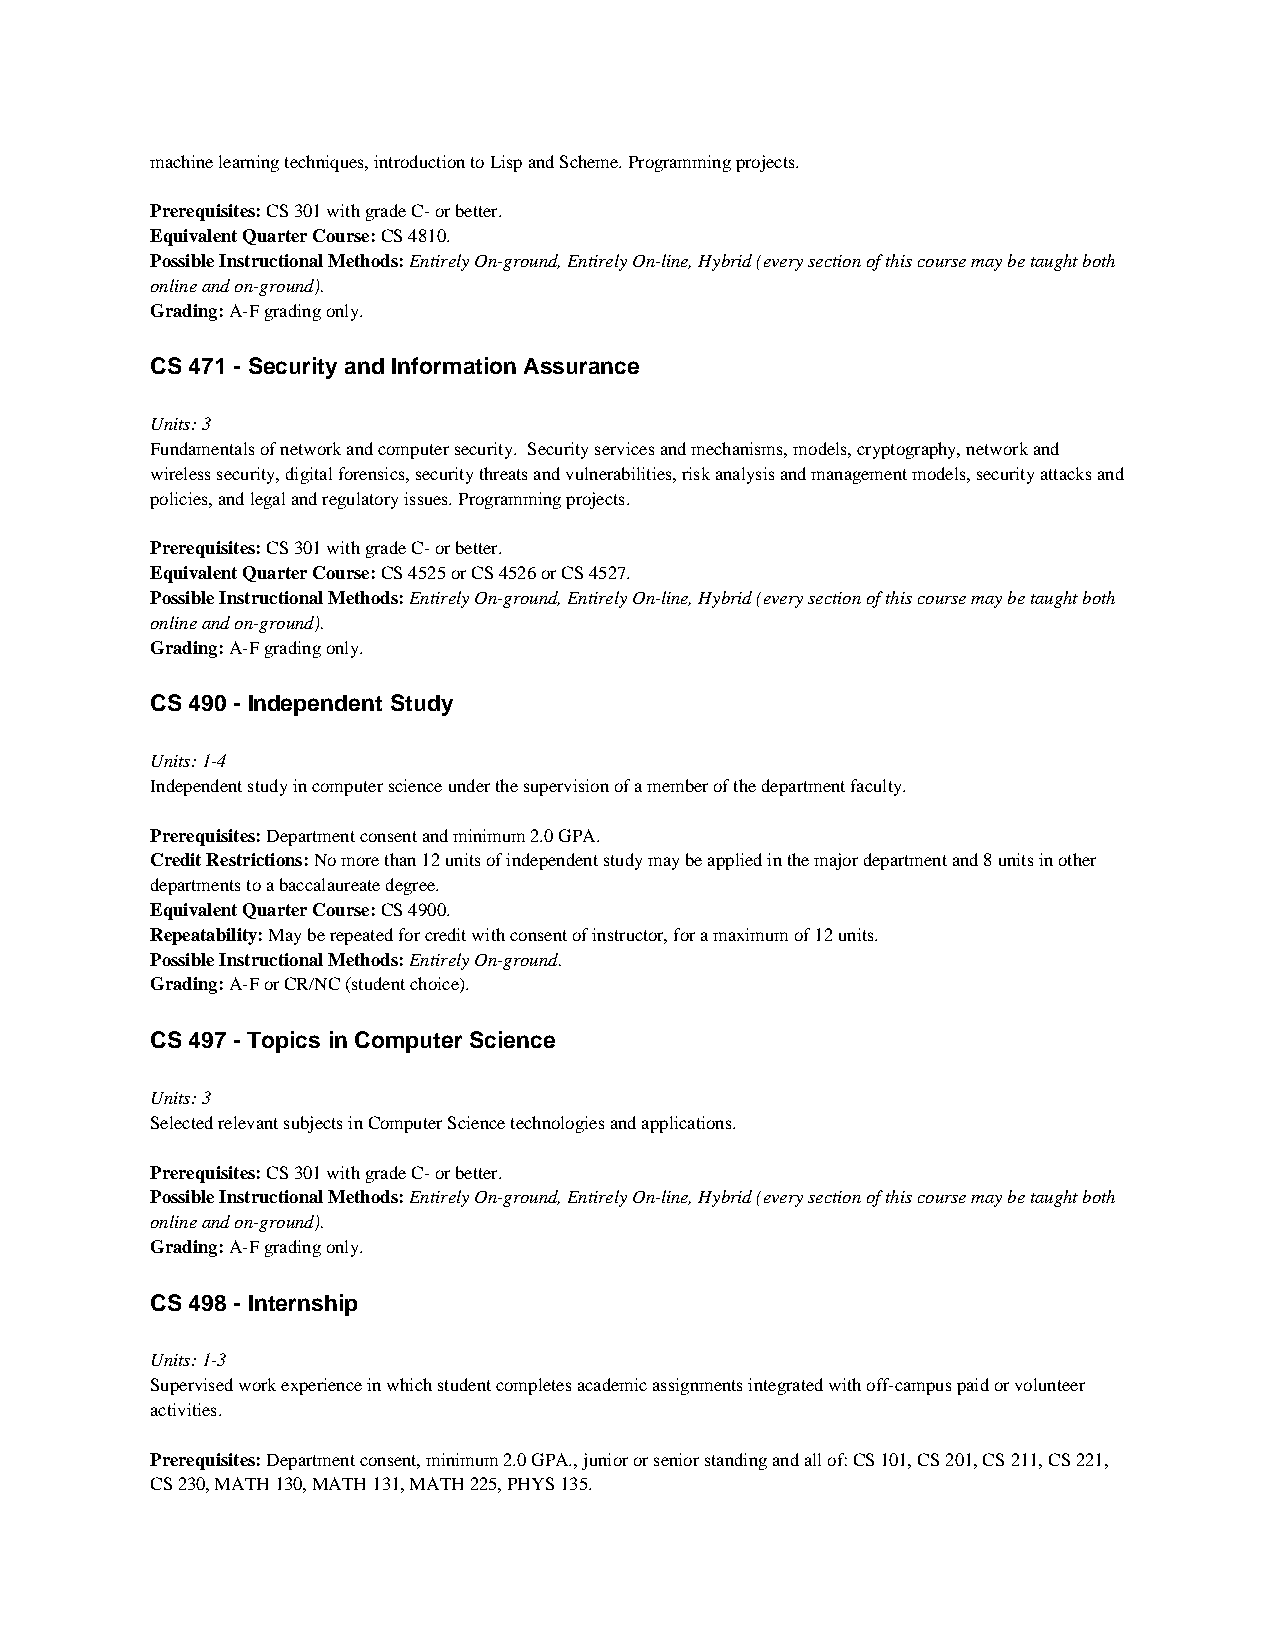
machine learning techniques, introduction to Lisp and Scheme. Programming projects.
 Prerequisites: CS 301 with grade C- or better.
 Equivalent Quarter Course: CS 4810.
 Possible Instructional Methods: Entirely On-ground, Entirely On-line, Hybrid (every section of this course may be taught both
 online and on-ground).
 Grading: A-F grading only.
 CS 471 - Security and Information Assurance
 Units: 3
 Fundamentals of network and computer security. Security services and mechanisms, models, cryptography, network and
 wireless security, digital forensics, security threats and vulnerabilities, risk analysis and management models, security attacks and
 policies, and legal and regulatory issues. Programming projects.
 Prerequisites: CS 301 with grade C- or better.
 Equivalent Quarter Course: CS 4525 or CS 4526 or CS 4527.
 Possible Instructional Methods: Entirely On-ground, Entirely On-line, Hybrid (every section of this course may be taught both
 online and on-ground).
 Grading: A-F grading only.
 CS 490 - Independent Study
 Units: 1-4
 Independent study in computer science under the supervision of a member of the department faculty.
 Prerequisites: Department consent and minimum 2.0 GPA.
 Credit Restrictions: No more than 12 units of independent study may be applied in the major department and 8 units in other
 departments to a baccalaureate degree.
 Equivalent Quarter Course: CS 4900.
 Repeatability: May be repeated for credit with consent of instructor, for a maximum of 12 units.
 Possible Instructional Methods: Entirely On-ground.
 Grading: A-F or CR/NC (student choice).
 CS 497 - Topics in Computer Science
 Units: 3
 Selected relevant subjects in Computer Science technologies and applications.
 Prerequisites: CS 301 with grade C- or better.
 Possible Instructional Methods: Entirely On-ground, Entirely On-line, Hybrid (every section of this course may be taught both
 online and on-ground).
 Grading: A-F grading only.
 CS 498 - Internship
 Units: 1-3
 Supervised work experience in which student completes academic assignments integrated with off-campus paid or volunteer
 activities.
 Prerequisites: Department consent, minimum 2.0 GPA., junior or senior standing and all of: CS 101, CS 201, CS 211, CS 221,
 CS 230, MATH 130, MATH 131, MATH 225, PHYS 135.